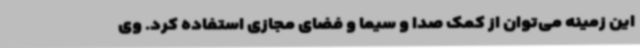
این زمینه می‌توان از کمک صدا و سیما و فضای مجازی استفاده کرد. وی